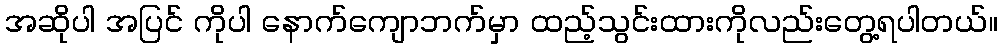
အဆိုပါ အပြင် ကိုပါ နောက်ကျောဘက်မှာ ထည့်သွင်းထားကိုလည်းတွေ့ရပါတယ်။